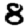
Digit: 8